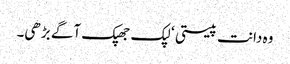
وہ دانت پیستی ‘ لپک جھپک آگے بڑھی۔